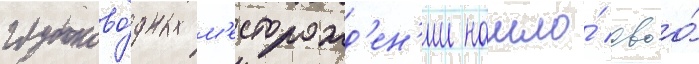
глубоково́дных м'есторожд'ен'ии нашло́ своо́